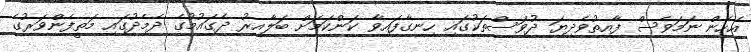
އެހެން ނަމަވެސް ފާއިތުވެދިޔަ ދުވަސްތަކުގައި ހިނގާފައިވާ ކަންކަމަށް ބަލާއިރު ދެގައުމުގެ ދެމެދުގައި މަތީފެންވަރުގެ